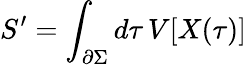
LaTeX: S^{\prime}=\int_{\partial\Sigma}d\tau\, V[X(\tau)]